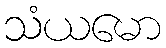
သံယမော